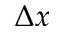
\Delta x